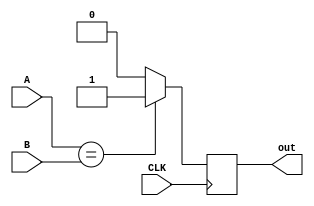
module comparador_5(
    input CLK,
    input [4:0] A,B,
    output out
    );
    reg salida = 1'b0;

   always @(posedge CLK)
      if (A == B)
         salida <= 1'b1;
      else
         salida <= 1'b0;
   assign out=salida;
endmodule